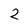
Character: 2